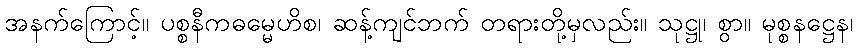
အနက်ကြောင့်။ ပစ္စနီကဓမ္မေဟိစ၊ ဆန့်ကျင်ဘက် တရားတို့မှလည်း။ သုဋ္ဌု၊ စွာ။ မုစ္စနဋ္ဌေန၊